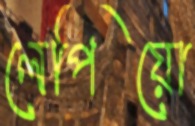
লেপিয়ো